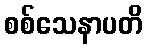
စစ်သေနာပတိ